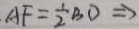
A F = \frac { 1 } { 2 } B D \Rightarrow